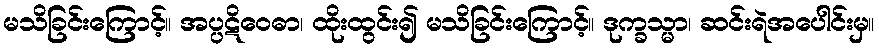
မသိခြင်းကြောင့်။ အပ္ပဋိဝေဓာ၊ ထိုးထွင်း၍ မသိခြင်းကြောင့်။ ဒုက္ခသ္မာ၊ ဆင်းရဲအပေါင်းမှ။